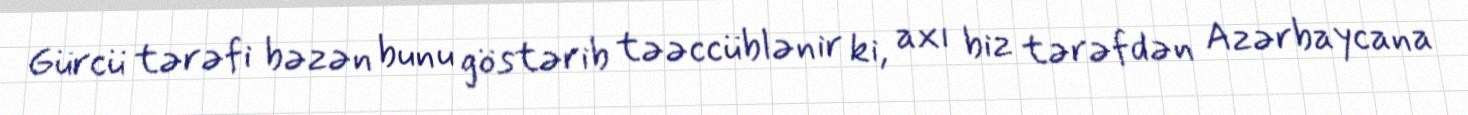
Gürcü tərəfi bəzən bunu göstərib təəccüblənir ki, axı biz tərəfdən Azərbaycana